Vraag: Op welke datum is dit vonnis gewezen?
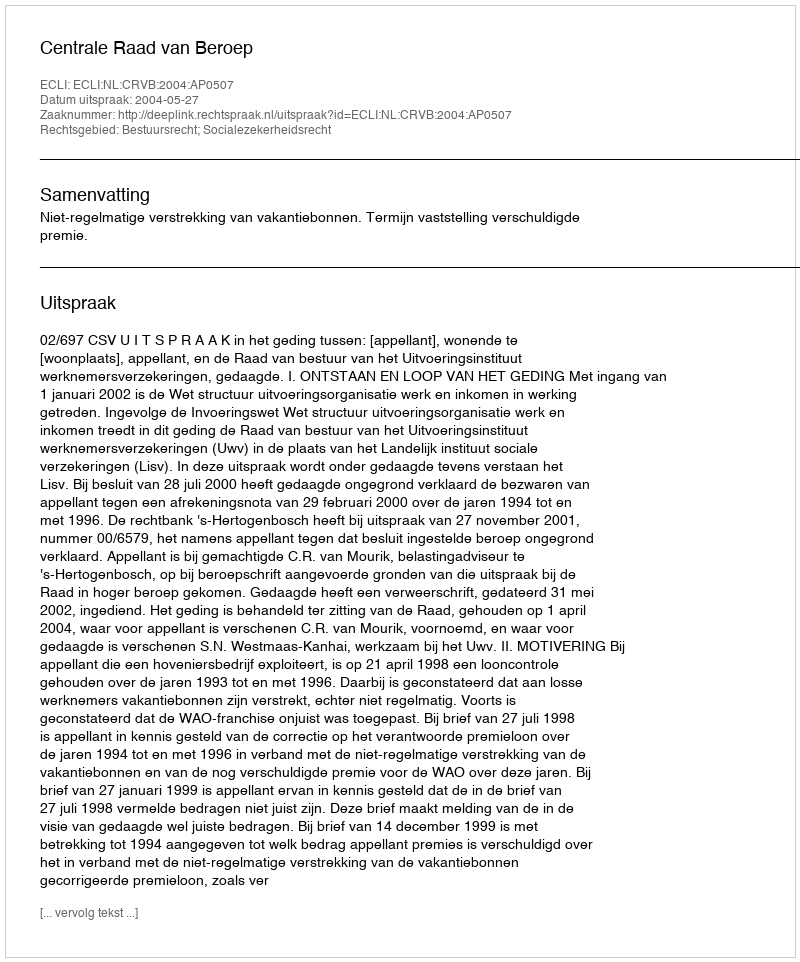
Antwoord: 2004-05-27